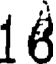
16